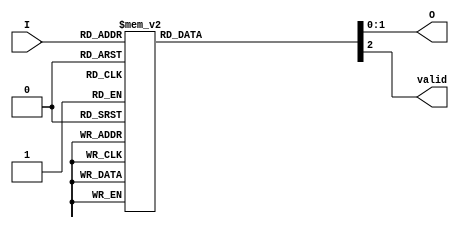
module simple_binary_encoder (
    input wire [3:0] I,      // 4 input lines
    output reg [1:0] O,      // 2 output lines
    output reg valid          // Indicates if there is an active input
);

always @(*) begin
    case (I)
        4'b0001: begin O = 2'b00; valid = 1; end // I[0] active
        4'b0010: begin O = 2'b01; valid = 1; end // I[1] active
        4'b0100: begin O = 2'b10; valid = 1; end // I[2] active
        4'b1000: begin O = 2'b11; valid = 1; end // I[3] active
        4'b0011: begin O = 2'b01; valid = 1; end // I[1] and I[0] active (I[1] has priority)
        4'b0101: begin O = 2'b10; valid = 1; end // I[2] and I[0] active (I[2] has priority)
        4'b0110: begin O = 2'b10; valid = 1; end // I[2] and I[1] active (I[2] has priority)
        4'b1001: begin O = 2'b11; valid = 1; end // I[3] and I[0] active (I[3] has priority)
        4'b1010: begin O = 2'b11; valid = 1; end // I[3] and I[1] active (I[3] has priority)
        4'b1100: begin O = 2'b11; valid = 1; end // I[3] and I[2] active (I[3] has priority)
        4'b1111: begin O = 2'b11; valid = 1; end // All active (I[3] has priority)
        default: begin O = 2'b00; valid = 0; end // No active input
    endcase
end

endmodule